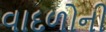
વાદળોની